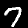
Digit: 7